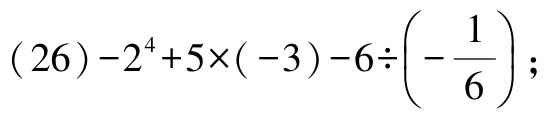
\((26)-2^{4}+5\times(-3)-6\div\left(-\frac{1}{6}\right);\)